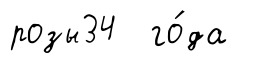
розы34 го́да